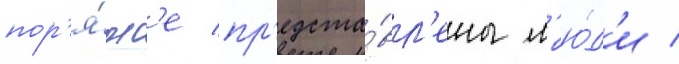
пор'я́дк'е пр'едста́вл'ены л'ю́д'и /